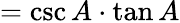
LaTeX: =\csc A\cdot\tan A